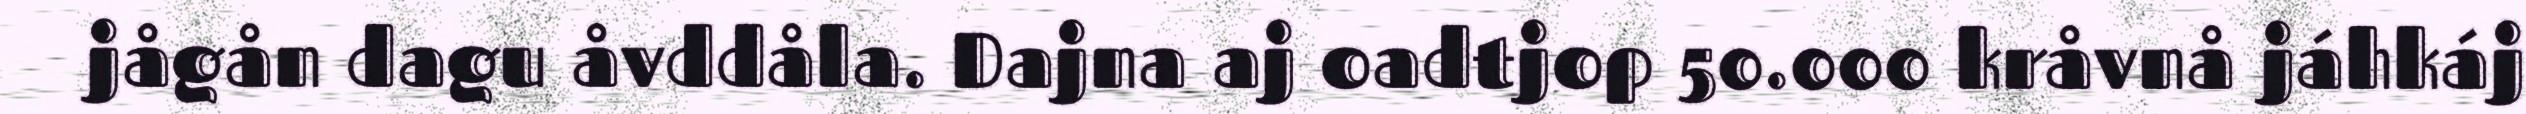
jågån dagu åvddåla. Dajna aj oadtjop 50.000 kråvnå jáhkáj